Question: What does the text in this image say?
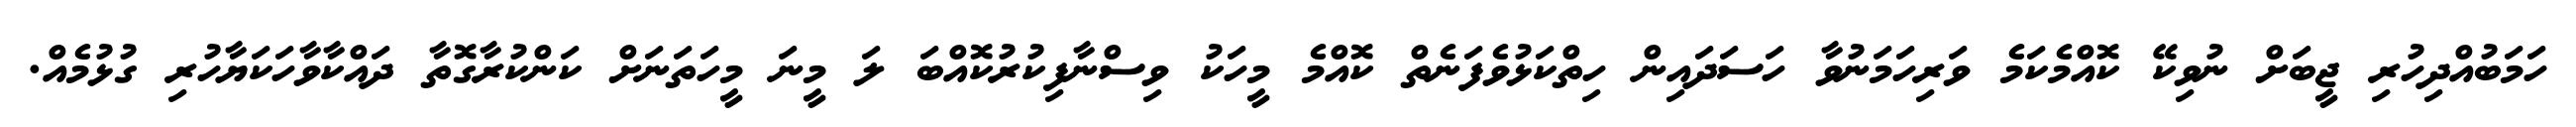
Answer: ހަމަބުއްދިހުރި ޖީބަށް ނުވިކޭ ކޮއްމެކަމެ ވަރިހަމަނުވާ ހަސަދައިން ހިތްކަޅުވެފަނެތް ކޮއްމެ މީހަކު ވިސްނާފިކުރުކޮއްބަ ލަ މީނަ މީހަތަނަށް ކަންކުރާގޮތާ ދައްކާވާހަކަޔާހުރި ގުޅުމެއް.